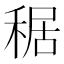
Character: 䅕